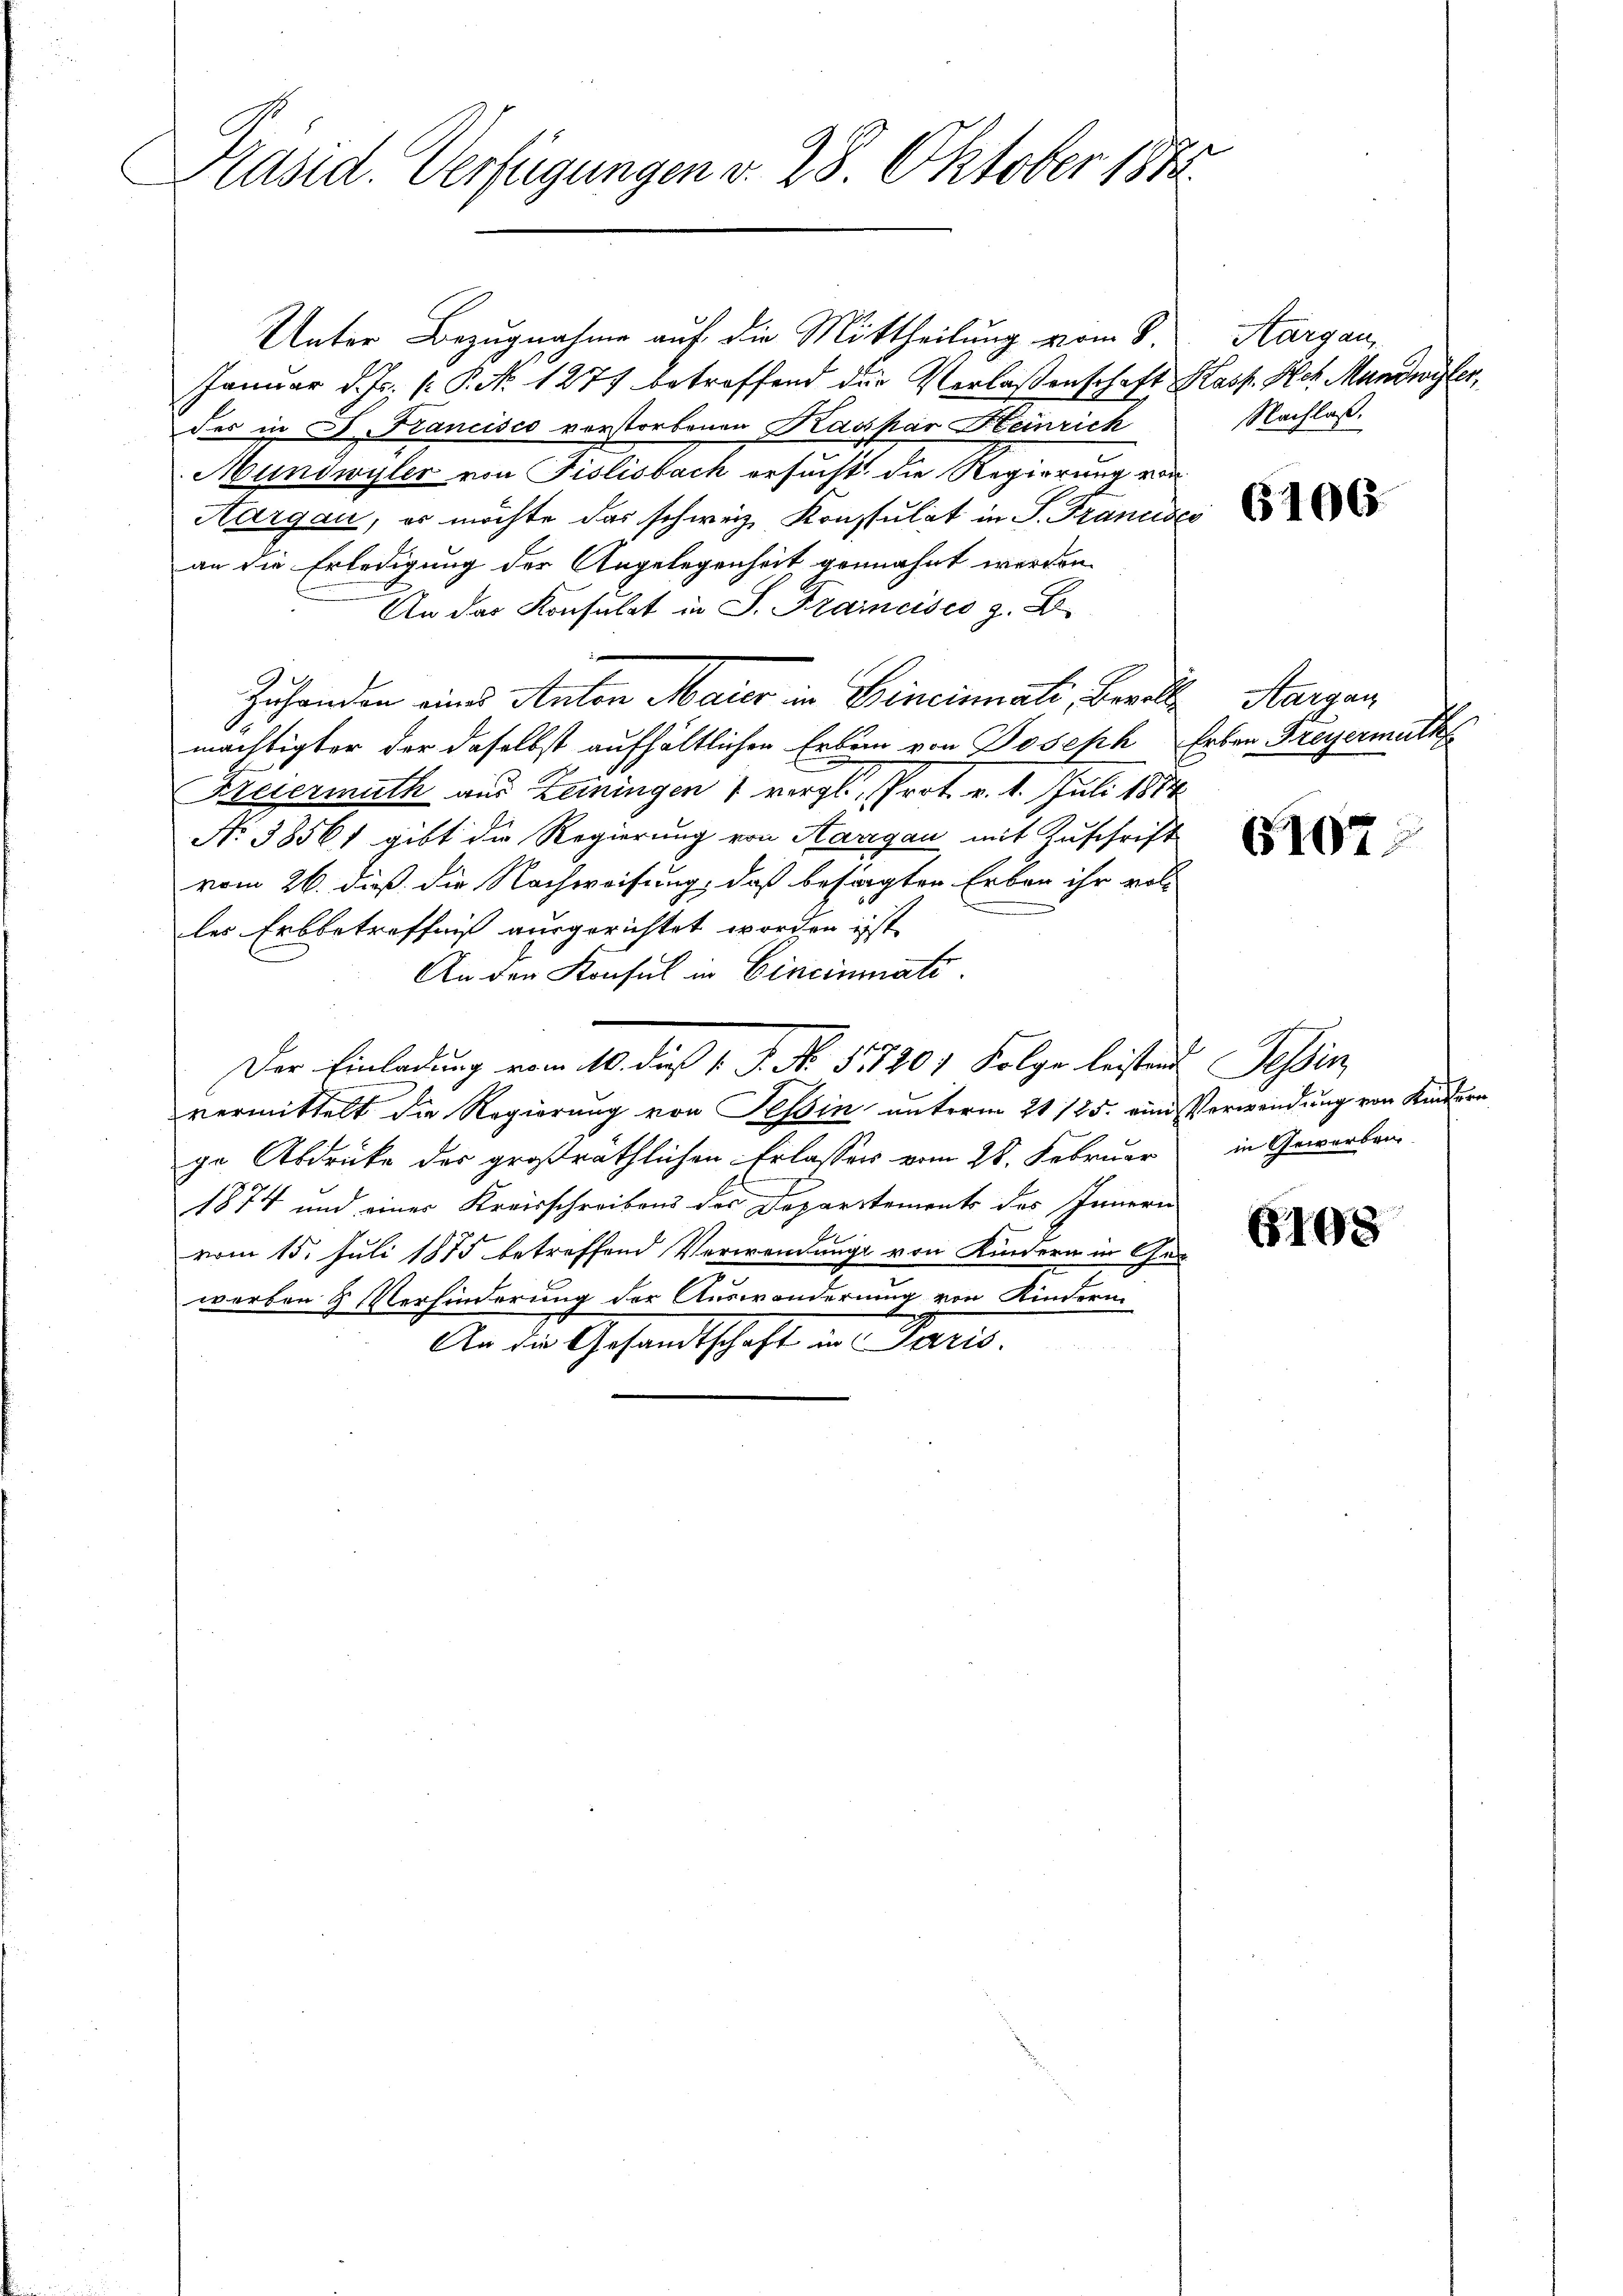
Präsid. Verfügungen v. 28. Oktober 1882

Unter Bezugnahme auf die Mittheilung vom 8.
Januar d. Js. P.P. Nr. 1277 betreffend der Verlaßenschaft Kasp. Hch. Mundwyler,
des in A. Francisco vorstorbenen Kaspar Heinrich
Mundwyler von Fislisbach ersucht, die Regierung von
Aargau, es möchte das schweiz. Konsulat in P. Francse
an die Erledigung der Angelegenheit gemahnt werden.
An das Konsulat in S. Francisco z. B.
Zuhanden eines Anton Maier in Cincinati, Bewill
mächtigter der daselbst aufhältlichen Erben von Joseph Erben Greyermuth
Freiermuth aus Zeiningen 1 vergl. Prot. v. 1. Juli 1814.
No 38561 gibt die Regierung von Aargau mit Zuschrift
vom 26. dieß die Nachweisung, daß besagten Erben ihr voll
les Erbbetreffniß ausgerichtet worden ist.
An den Konsul in Cincimmati
Der Einladung vom 10. die 1. P. Nr. 51201 Folge leisten Tessin,
vermittelt die Regierung von Tessin unterm 21 125. eine Verwendung von Kinder
ge Abdrücke des großräthlichen Erlassers vom 28. Februar in Geworben
1874 und einer Kreisschreibens der Departements des Innern
vom 15. Juli 1875 betreffend Verwendung von Kindern in Ger
werben & Verhinderung der Auswanderung von Kindern
An die Gesandtschaft in Paris.

Margau,
Nachlaß.

29

6106.

Aargau

6107.

6198